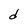
Character: d